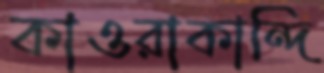
কাওরাকান্দি